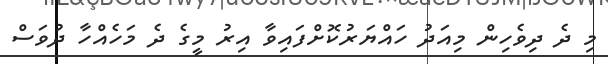
މި ދެ ދިވެހިން މިއަދު ހައްޔަރުކޮށްފައިވާ އިރު މީގެ ދެ މަހެއްހާ ދުވަސް